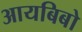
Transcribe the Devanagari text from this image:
आयबिबो